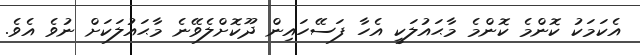
އެކަމަކު ކޮންމެ ކޮންމެ މާޙައުލަކީ އެހާ ފަސޭހައިން ދޫކޮށްލެވޭނެ މާޙައުލަކަށް ނުވެ އެވެ.